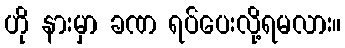
ဟို နားမှာ ခဏ ရပ်ပေးလို့ရမလား။